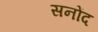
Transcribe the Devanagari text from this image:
सनोंद